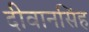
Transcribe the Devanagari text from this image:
दीवानसिंह